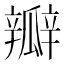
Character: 瓣